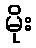
မိုး